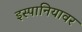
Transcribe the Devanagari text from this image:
इस्पानियावर